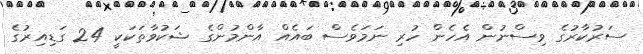
ސަރުކާރުގެ ވިސްނުން އެހެން ހުރި ނަމަވެސް ބައެއް އާންމުންގެ ޝަކުވާތަކަކީ 24 ގަޑިއިރުގެ